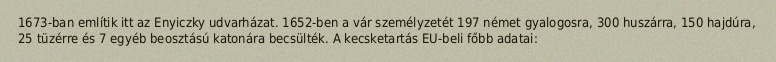
1673-ban említik itt az Enyiczky udvarházat. 1652-ben a vár személyzetét 197 német gyalogosra, 300 huszárra, 150 hajdúra, 25 tüzérre és 7 egyéb beosztású katonára becsülték. A kecsketartás EU-beli főbb adatai: